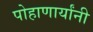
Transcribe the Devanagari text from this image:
पोहाणार्यांनी